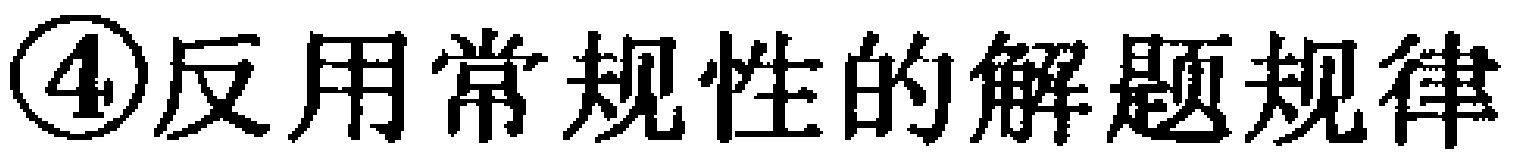
\textcircled{4}反用常规性的解题规律